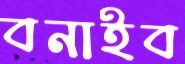
বনাইব